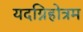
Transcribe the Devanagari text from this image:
यदग्निहोत्रम